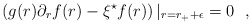
\begin{align*}\left( g(r)\partial_r f(r)-\xi^\star f(r)\right) |_{r=r_++\epsilon}=0~~,\end{align*}